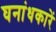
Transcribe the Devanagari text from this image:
घनांधकारें